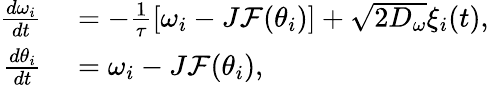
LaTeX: \begin{array}{rl}{\frac{d\omega_{i}}{dt}}&{{}=-\frac{1}{\tau}[\omega_{i}-J\mathcal{F}(\theta_{i})]+\sqrt{2D_{\omega}}\xi_{i}(t),}\\ {\frac{d\theta_{i}}{dt}}&{{}=\omega_{i}-J\mathcal{F}(\theta_{i}),}\end{array}